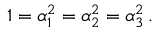
1 = \alpha _ { 1 } ^ { 2 } = \alpha _ { 2 } ^ { 2 } = \alpha _ { 3 } ^ { 2 } \, .